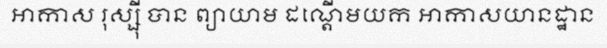
អាកាស រុស្ស៊ី បាន ព្យាយាម ដណ្តើមយក អាកាសយានដ្ឋាន